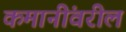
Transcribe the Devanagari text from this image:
कमानींवरील